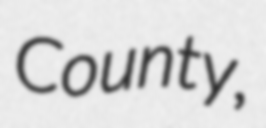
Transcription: County,